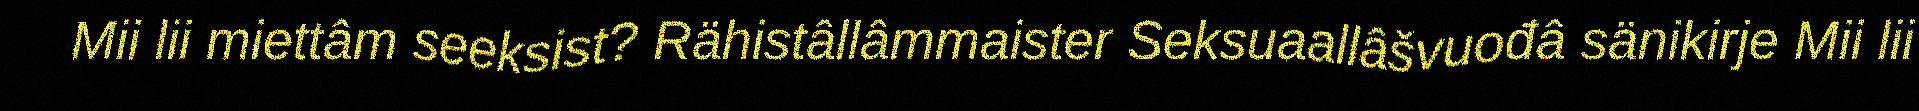
Mii lii miettâm seeksist? Rähistâllâmmaister Seksuaallâšvuođâ sänikirje Mii lii